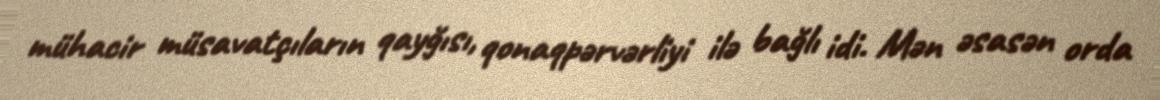
mühacir müsavatçıların qayğısı, qonaqpərvərliyi ilə bağlı idi. Mən əsasən orda